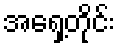
အရှေ့တိုင်း